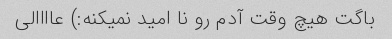
باگت هیچ وقت آدم رو نا امید نمیکنه:) عاااالی